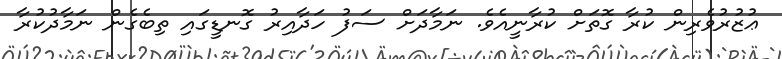
ޢުޒުރުވެރިން ކުރާ ގޮތަށް ކުރާނީއެވެ. ނަމާދަށް ސަފު ހަދާއިރު ގޮނޑީގައި ތިބެގެން ނަމާދުކުރާ